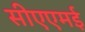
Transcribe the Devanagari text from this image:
सीएएमई